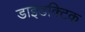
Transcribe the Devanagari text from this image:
डाइडक्टिक